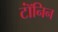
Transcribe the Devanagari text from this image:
टॉंनिन